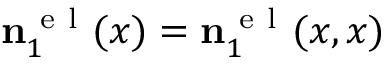
\ensuremath { \mathbf { n } } _ { 1 } ^ { \ensuremath { \mathrm { ~ e ~ l ~ } } } ( x ) = \ensuremath { \mathbf { n } } _ { 1 } ^ { \ensuremath { \mathrm { ~ e ~ l ~ } } } ( x , x )